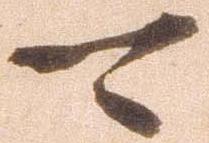
可